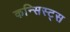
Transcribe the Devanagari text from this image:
कन्सिस्ट्स